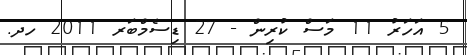
5 އަހަރު 11 މަސް ކުރިން - 27 ޑިސެމްބަރ 2011 ހދ.